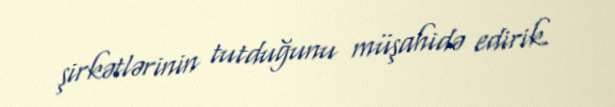
şirkətlərinin tutduğunu müşahidə edirik.